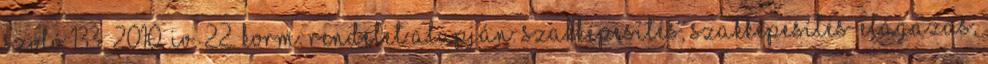
szóló 133 2010. IV. 22. Korm. rendelet alapján. Szakképesítés, szakképesítés-elágazás,